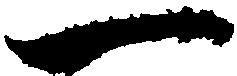
一